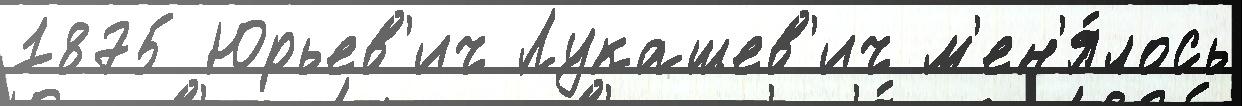
1875 Юрьев'ич Лукашев'ич м'ен'я́лось